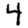
Digit: 4